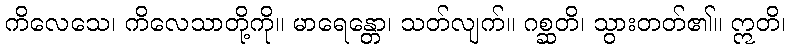
ကိလေသေ၊ ကိလေသာတို့ကို။ မာရေန္တော၊ သတ်လျက်။ ဂစ္ဆတိ၊ သွားတတ်၏။ ဣတိ၊